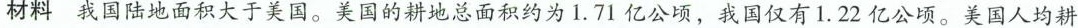
材料 我国陆地面积大于美国。美国的耕地总面积约为1.71亿公顷，我国仅有1.22亿公顷。美国人均耕